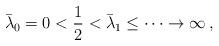
LaTeX: \begin{align*}\bar{\lambda}_0 = 0< \frac{1}{2} < \bar{\lambda}_1 \leq \dots \to \infty \, , \end{align*}